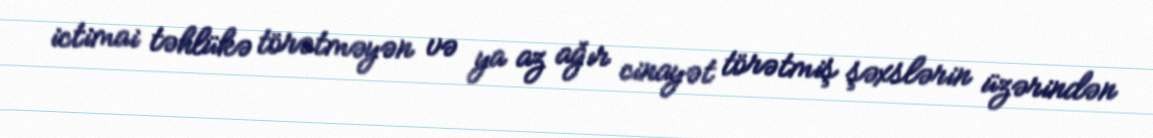
ictimai təhlükə törətməyən və ya az ağır cinayət törətmiş şəxslərin üzərindən